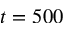
t = 5 0 0